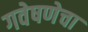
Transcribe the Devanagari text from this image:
गवेषणेचा